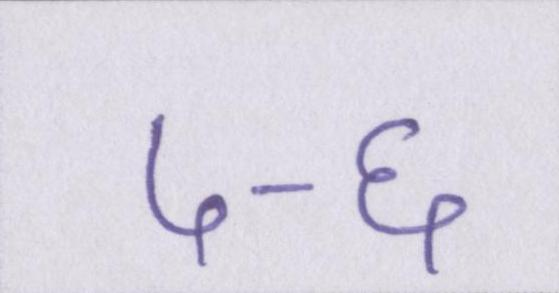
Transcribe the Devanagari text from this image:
५-६